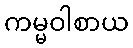
ကမ္မဝါစာယ